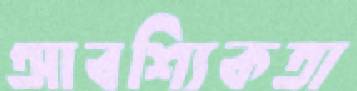
আবশ্যিকতা